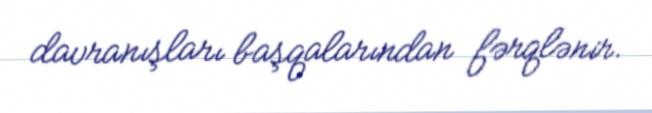
davranışları başqalarından fərqlənir.